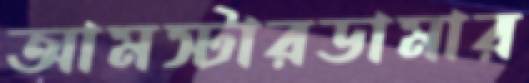
আমস্টারডামার